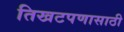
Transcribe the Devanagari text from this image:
तिखटपणासाठी